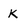
Character: k